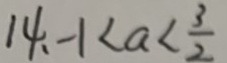
1 4 . - 1 < a < \frac { 3 } { 2 }